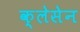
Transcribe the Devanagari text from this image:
क्लेसेन